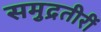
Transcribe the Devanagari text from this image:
समुद्रतीरीं